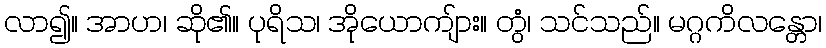
လာ၍။ အာဟ၊ ဆို၏။ ပုရိသ၊ အိုယောကျ်ား။ တွံ၊ သင်သည်။ မဂ္ဂကိလန္တော၊